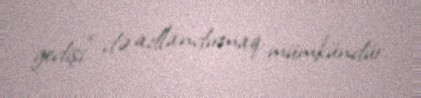
gedişi” də adlandırmaq mümkündür.